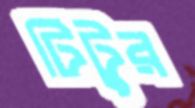
টিটুর